Civil Veterinary Department Bihar reports 1936-40 - 1936-1940
Year: 1936
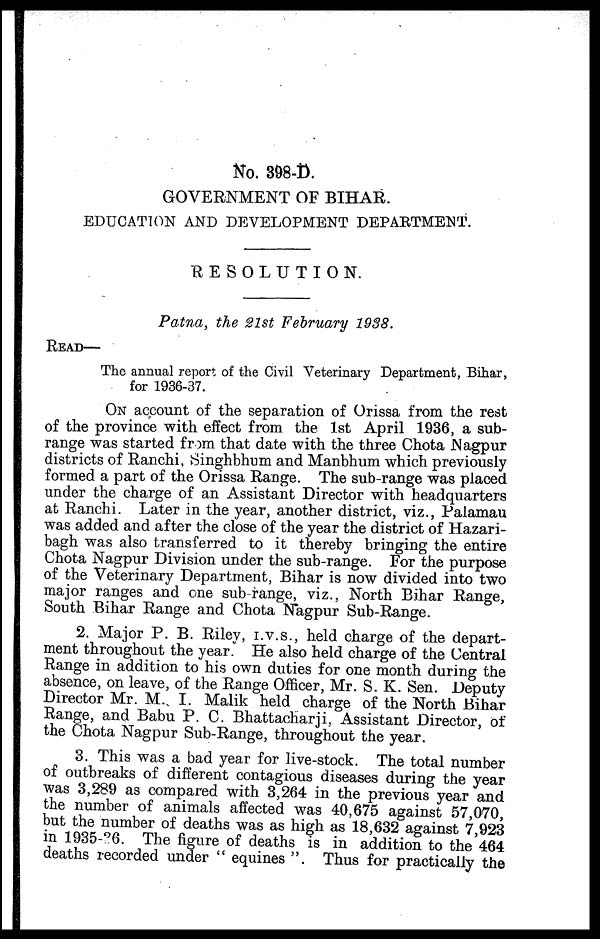
No. 398-D.
GOVERNMENT OF BIHAR.
EDUCATION AND DEVELOPMENT DEPARTMENT.
RESOLUTION.
Patna, the 21st February 1938.
READ—
The annual report of the Civil Veterinary Department, Bihar,
for 1936-37.
ON account of the separation of Orissa from the rest
of the province with effect from the 1st April 1936, a sub-
range was started from that date with the three Chota Nagpur
districts of Ranchi, Singhbhum and Manbhum which previously
formed a part of the Orissa Range. The sub-range was placed
under the charge of an Assistant Director with headquarters
at Ranchi. Later in the year, another district, viz., Palamau
was added and after the close of the year the district of Hazari-
bagh was also transferred to it thereby bringing the entire
Chota Nagpur Division under the sub-range. For the purpose
of the Veterinary Department, Bihar is now divided into two
major ranges and one sub-range, viz., North Bihar Range,
South Bihar Range and Chota Nagpur Sub-Range.
2. Major P. B. Riley, i.v.s., held charge of the depart-
ment throughout the year. He also held charge of the Central
Range in addition to his own duties for one month during the
absence, on leave, of the Range Officer, Mr. S. K. Sen. Deputy
Director Mr. M. I. Malik held charge of the North Bihar
Range, and Babu P. C. Bhattacharji, Assistant Director, of
the Chota Nagpur Sub-Range, throughout the year.
3. This was a bad year for live-stock. The total number
of outbreaks of different contagious diseases during the year
was 3,289 as compared with 3,264 in the previous year and
the number of animals affected was 40,675 against 57,070,
but the number of deaths was as high as 18,632 against 7,923
in 1935-36. The figure of deaths is in addition to the 464
deaths recorded under " equines ". Thus for practically the